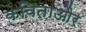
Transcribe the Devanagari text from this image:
कविताऔर